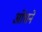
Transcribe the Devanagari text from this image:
ओंधने